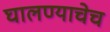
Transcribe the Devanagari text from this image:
घालण्याचेच